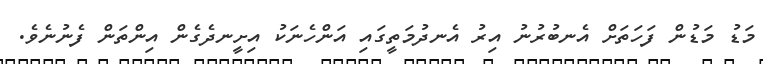
މަޑު މަޑުން ފަހަތަށް އެނބުރުނު އިރު އެނދުމަތީގައި އަންހެނަކު އިށީނދެގެން އިންތަން ފެނުނެވެ.